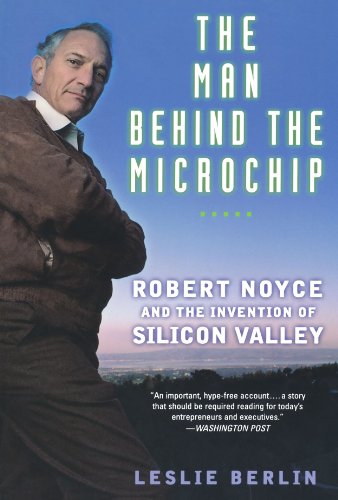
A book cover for The Man Behind the Microchip: Robert Noyce and the Invention of Silicon Valley; Leslie Berlin; Computers & Technology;